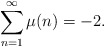
\begin{align*} \sum_{n=1}^\infty \mu(n)= -2.\end{align*}